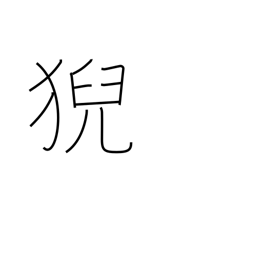
Meaning: the seat of a famous priest